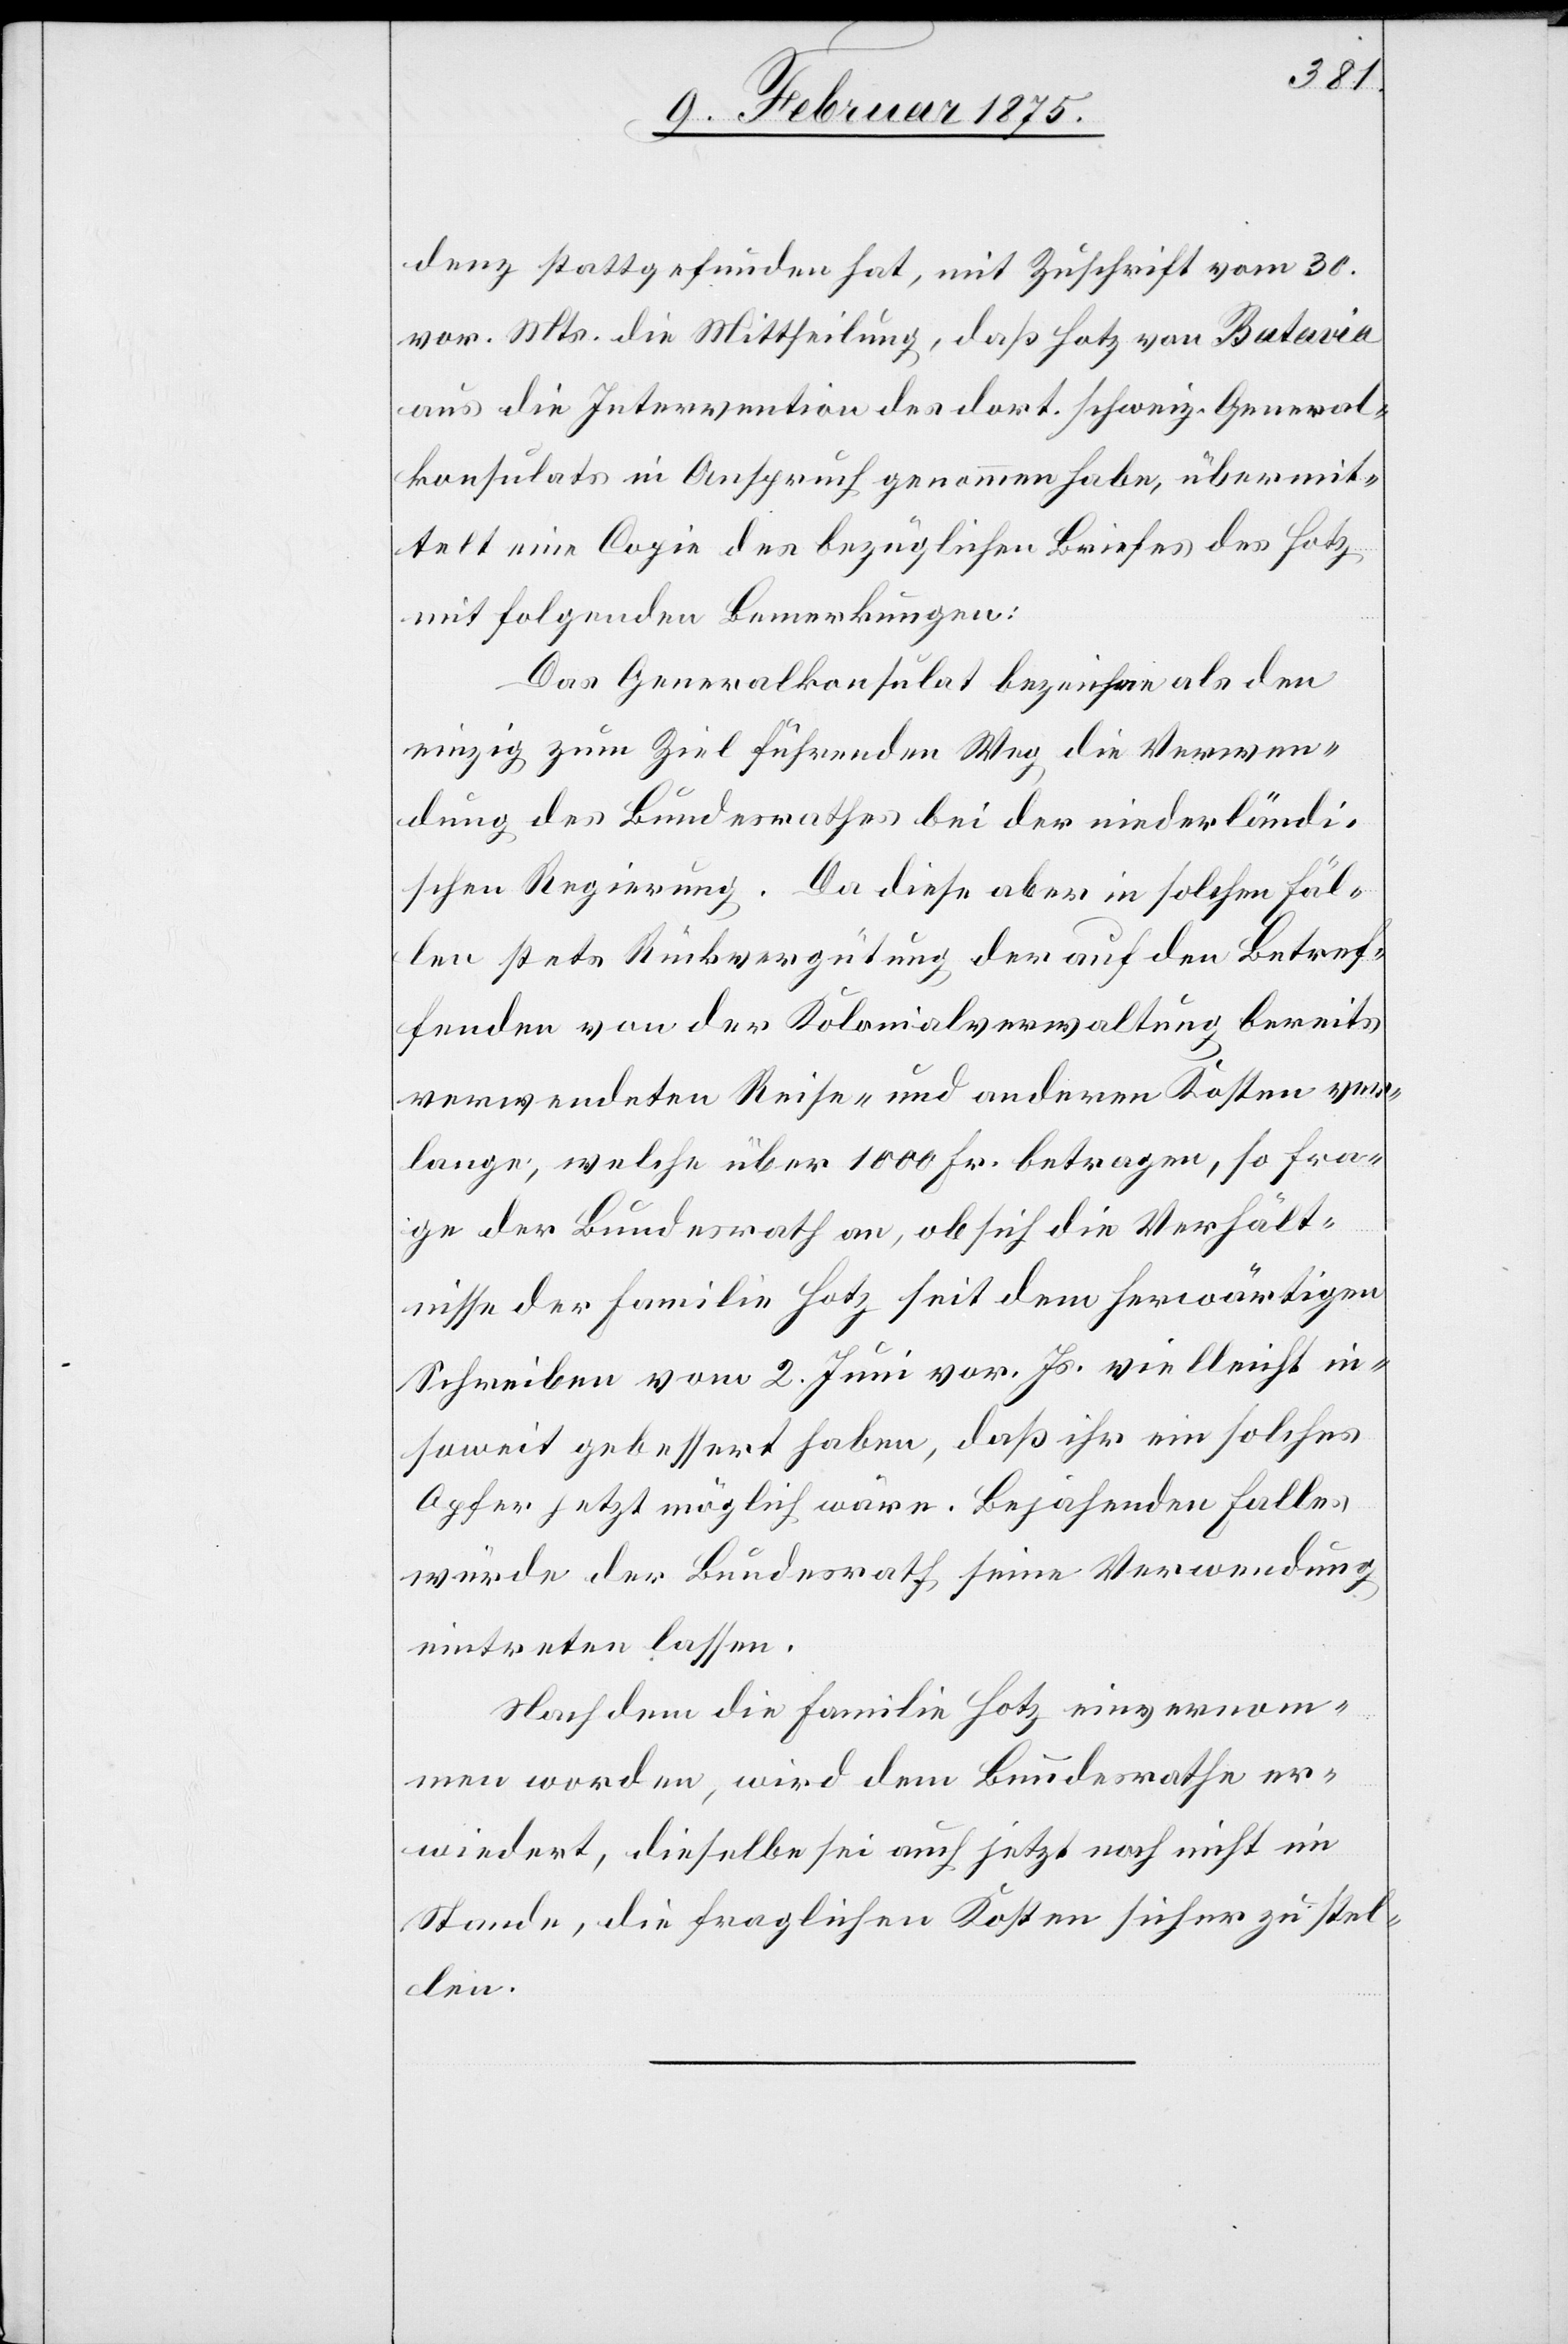
denz stattgefunden hat, mit Zuschrift vom 30.
vor. Mts. die Mittheilung, daß Hotz von Butavia
aus die Intervention des dort. schweiz. General¬
konsulats in Anspruch genommen habe, übermit¬
telt eine Copie des bezüglichen Briefes des Hotz
mit folgenden Bemerkungen:
Das Generalkonsulat bezeichne als den
einzig zum Ziel führenden Weg die Verwen¬
dung des Bundesrathes bei der niederländi¬
schen Regierung. Da diese aber in solchen Fäl¬
len stete Rückvergütung der auf den Betref¬
fenden von der Kolonialverwaltung bereits
verwendeten Reise- und anderen Kosten ver¬
lange, welche über 1000 Fr. betragen, so fra¬
ge der Bundesrath an, ob sich die Verhält¬
nisse der Familie Hotz seit dem herwärtigen
Schreiben vom 2. Juni vor. Js. vielleicht in¬
soweit gebessert haben, daß ihr ein solches
Opfer jetzt möglich wäre. Bejahenden Falles
würde der Bundesrath seine Verwendung
eintreten lassen.
Nachdem die Familie Hotz einvernom¬
men worden, wird dem Bundesrathe er¬
wiedert, dieselbe sei auch jetzt noch nicht im
Stande, die fraglichen Kosten sicher zu stel¬
len.